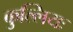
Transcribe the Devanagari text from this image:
कुल्लियः